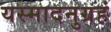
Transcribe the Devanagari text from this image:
यस्मादनुग्रहं